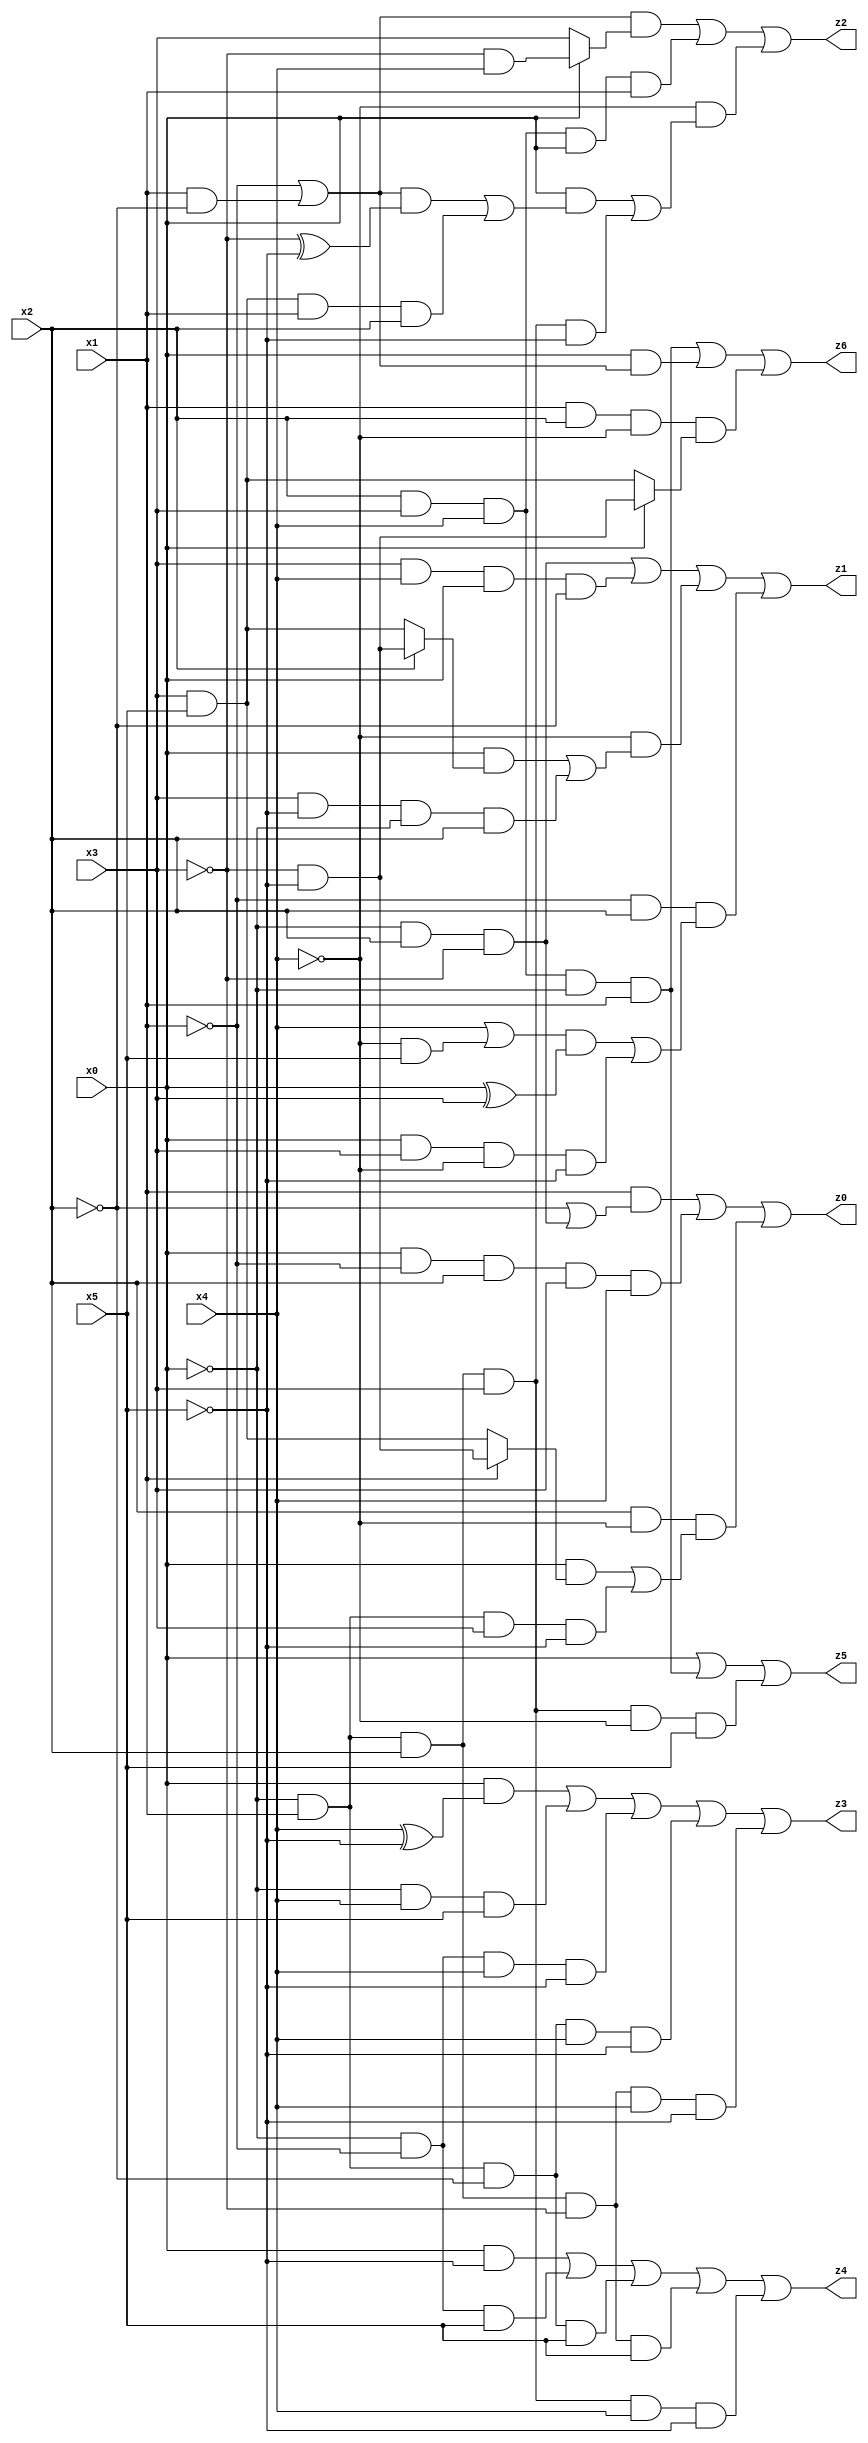
// Benchmark "X_6" written by ABC on Wed Jun 07 15:52:23 2023

module X_6 ( 
    x0, x1, x2, x3, x4, x5,
    z0, z1, z2, z3, z4, z5, z6  );
  input  x0, x1, x2, x3, x4, x5;
  output z0, z1, z2, z3, z4, z5, z6;
  assign z0 = (x1 & (~x2 | (~x0 & x2 & ~x3))) | (x0 & ~x1 & x2 & x3 & x4) | (x2 & ~x4 & ((x0 & (x1 ? (~x3 & ~x5) : (x3 & x5))) | (~x0 & x1 & x3 & ~x5)));
  assign z1 = (~x0 & x2 & ~x3) | (x3 & x4 & x0 & ~x2) | (~x4 & ((x0 & (x2 ? (~x3 & ~x5) : (x3 & x5))) | (x3 & ~x5 & ~x0 & x2))) | (~x1 & x2 & (((x4 | (~x4 & x5)) & (x0 ^ x3)) | (x0 & x3 & ~x4 & ~x5)));
  assign z2 = ((~x1 | (x1 & ~x2)) & (x0 ? (~x3 & x4) : x3)) | (x2 & x3 & x4 & x0 & x1) | (~x4 & ((x0 & (((~x1 | (x1 & ~x2)) & (~x3 ^ ~x5)) | (x3 & x5 & x1 & x2))) | (~x0 & x1 & x2 & x3 & ~x5)));
  assign z3 = (x0 & (x4 ^ ~x5)) | (~x0 & x4 & x5) | (~x0 & ~x1 & x4 & ~x5) | (~x0 & x1 & ~x2 & x4 & ~x5) | (~x0 & x1 & x2 & ~x3 & x4 & ~x5);
  assign z4 = (x0 & ~x5) | (~x0 & ~x1 & x5) | (~x0 & x1 & ~x2 & x5) | (~x0 & x1 & x2 & ~x3 & x5) | (~x0 & x1 & x2 & x3 & x4 & ~x5);
  assign z5 = x0 | (x2 & x3 & x4 & ~x0 & x1) | (~x0 & x1 & x2 & x3 & ~x4 & x5);
  assign z6 = (x2 & x3 & x4 & ~x0 & x1) | (x0 & (~x1 | (x1 & ~x2))) | (x1 & x2 & ~x4 & (x0 ? (~x3 & ~x5) : (x3 & x5)));
endmodule